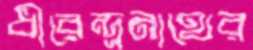
ধীরেন্দ্রনাথের